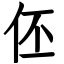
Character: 伾